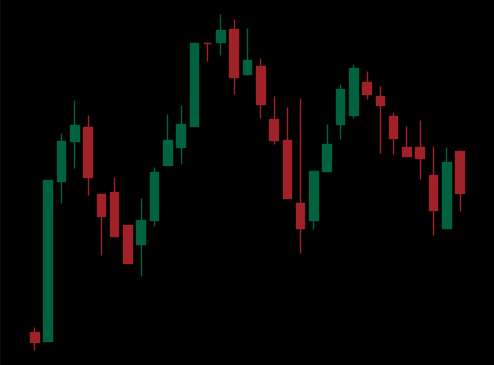
Pattern: head_shoulders